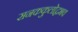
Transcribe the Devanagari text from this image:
सनककुलोद्वभव